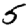
Digit: 5